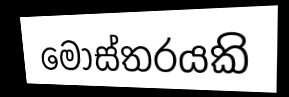
මෝස්තරයකි